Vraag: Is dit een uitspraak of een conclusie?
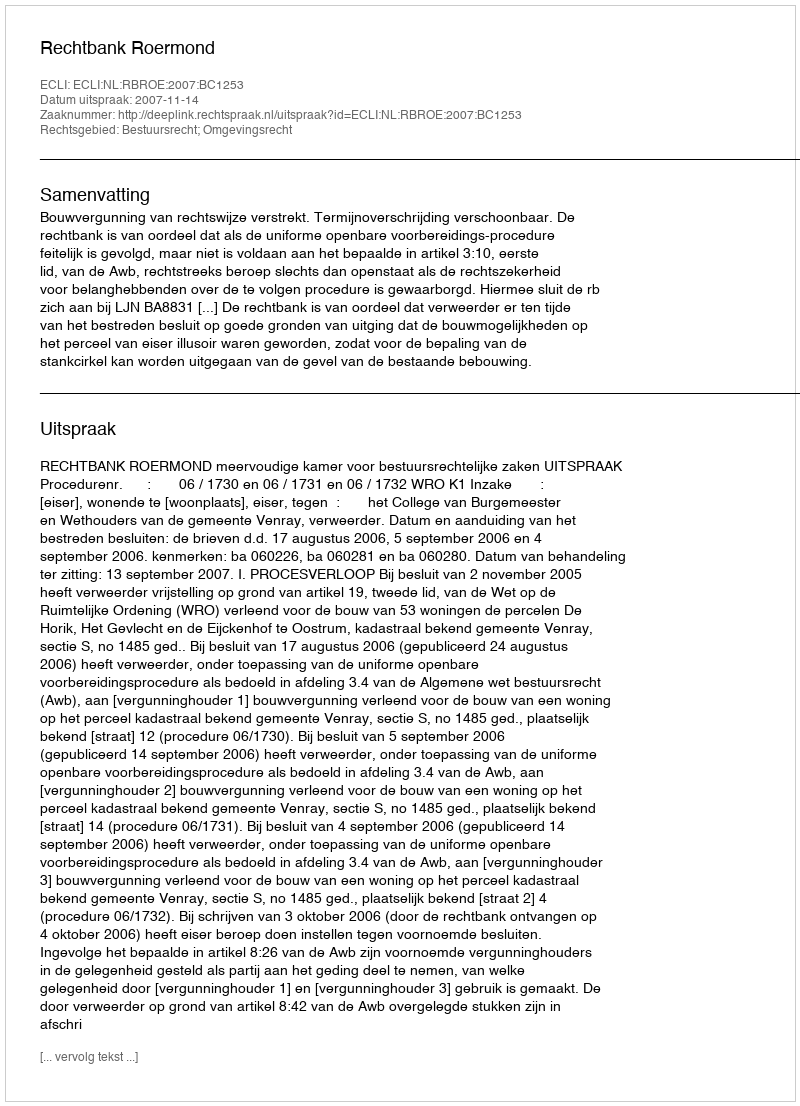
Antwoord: Uitspraak